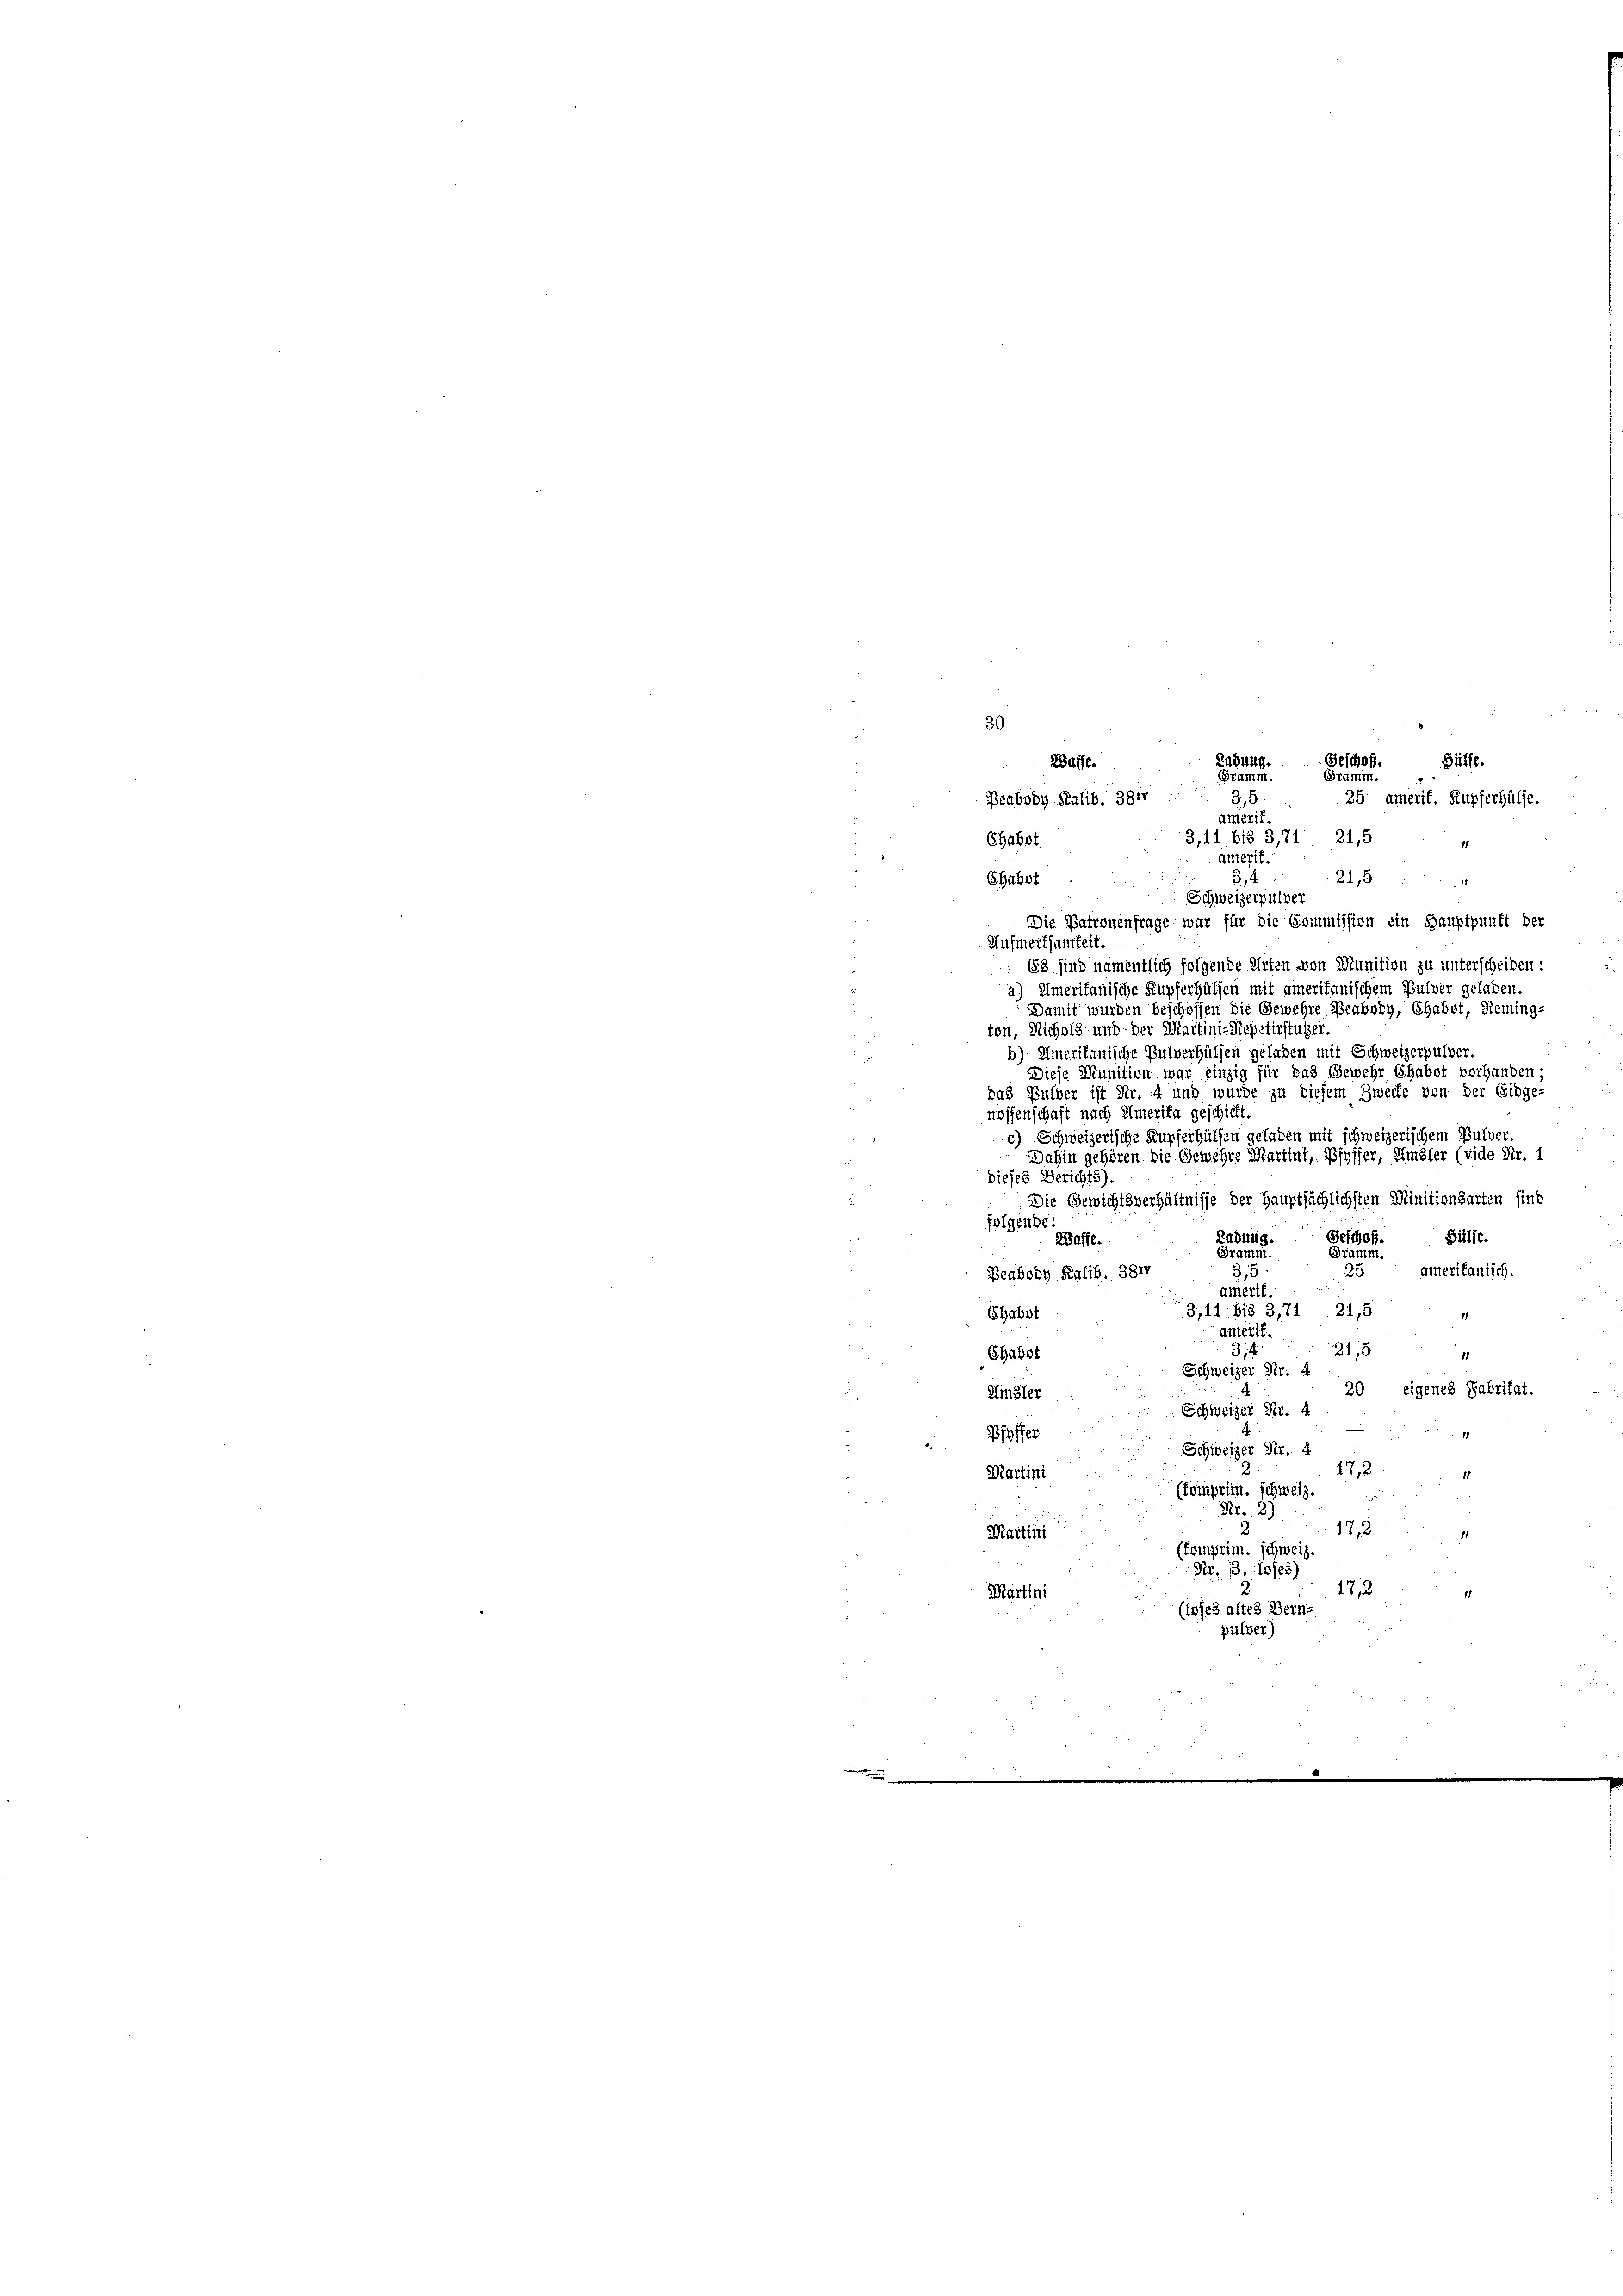
30

Ladung.
Geichhof. Hülfe.
Gramm. Gramm.
3,5 . 25 amerit. Rupferhülfe.
amerit.
3,11 bis 3,74, 21,5

Waffe.
Beahody Kalib. 381
Chabot
amerit.
Ehabot
3,4
21,5
Schweizerpulver
Die Patronenfrage war für die Commission ein Hauptpunft der
Aufmerksamkeit.
88 sind namentlich folgende Arten von Munition zu unterscheiden:
a) Ameritanische Kupferhülfen mit amerikanischem Pulver geladen.
Damit wurden beschoffen die Gewehre Beabody, Chabst, Reming-
ton, Nicholz und der Martini-Repetirstützer.
b) Umerikanische Pulverhülfen geladen mit Schweizerpulver.
.
Diese Munition war einzig für das Gewehr Chabot vorhanden;
das Bülber ist Nr. 4 und wurde zu diesem Zwecke von der Eidge-
nossenschaft nach Amerika geschickt.
c) Schweizerische Kupferhülfen geladen mit schweizerischem Pulver.
Dahin gehören die Gewehre Martini, Pfyffer, Amsler (vide Nr. 1
dieses Berichts).
Die Gewichtsverhältnisse der Hauptsächlichsten Minitionsarten sind
folgende
Ladun
Geschof. Hülfe.
Waffe.
r
Gramm.
25 ameritanisch.
3,5
Beabony Kalib. 381
amerit.
3,11. bis 3,71. 21,5 "
Chabot
.
ainterit.
d
21,5
3,4
Chabst
11
Schweizer Fr. 4
20 eigenes Fabritat.
Aigler
Schweizer Nr. 4

Pfyffer
Schweizer Nr. 4
17,2
Martini
11
(komprim. schweiz.
Nr. 3)
172
Martini
(komprim. schweiz.
Nr. 3. Jose
17,2
Martini
(iojes altes Bern-
pulver)